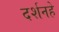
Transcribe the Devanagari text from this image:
दर्शनहे